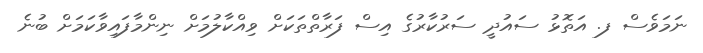
ނަމަވެސް ފ. އަތޮޅު ސައުދީ ސަރުކާރުގެ އިސް ފަރާތްތަކަށް ވިއްކާލުމަށް ނިންމާފައިވާކަމަށް ބުނެ